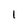
Character: l